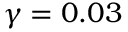
\gamma = 0 . 0 3